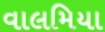
વાલમિયા